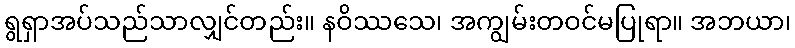
ရွရှာအပ်သည်သာလျှင်တည်း။ နဝိဿသေ၊ အကျွမ်းတဝင်မပြုရာ။ အဘယာ၊